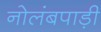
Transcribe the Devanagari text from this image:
नोलंबपाड़ी